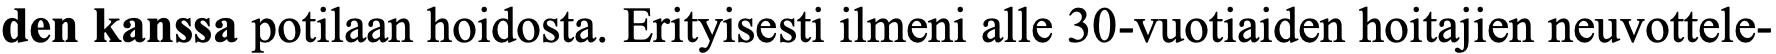
den kanssa potilaan hoidosta. Erityisesti ilmeni alle 30-vuotiaiden hoitajien neuvottele-